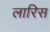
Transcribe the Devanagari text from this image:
लारिस